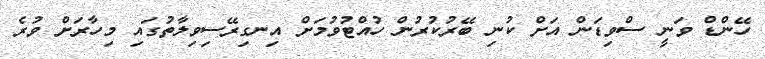
ހޭންޑް ވަނީ ސްވިޑަން އަށް ކުނި ބޭރުކުރުން ހުއްޓުވުމަށް އިނގިރޭސިވިލާތުގައި މިހާރަށް ވުރެ